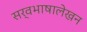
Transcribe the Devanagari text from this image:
सर्वभाषालेखन